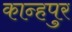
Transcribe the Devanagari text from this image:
कान्हपुर